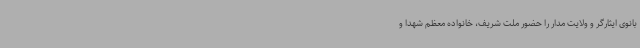
بانوی ایثارگر و ولایت مدار را حضور ملت شریف، خانواده معظم شهدا و